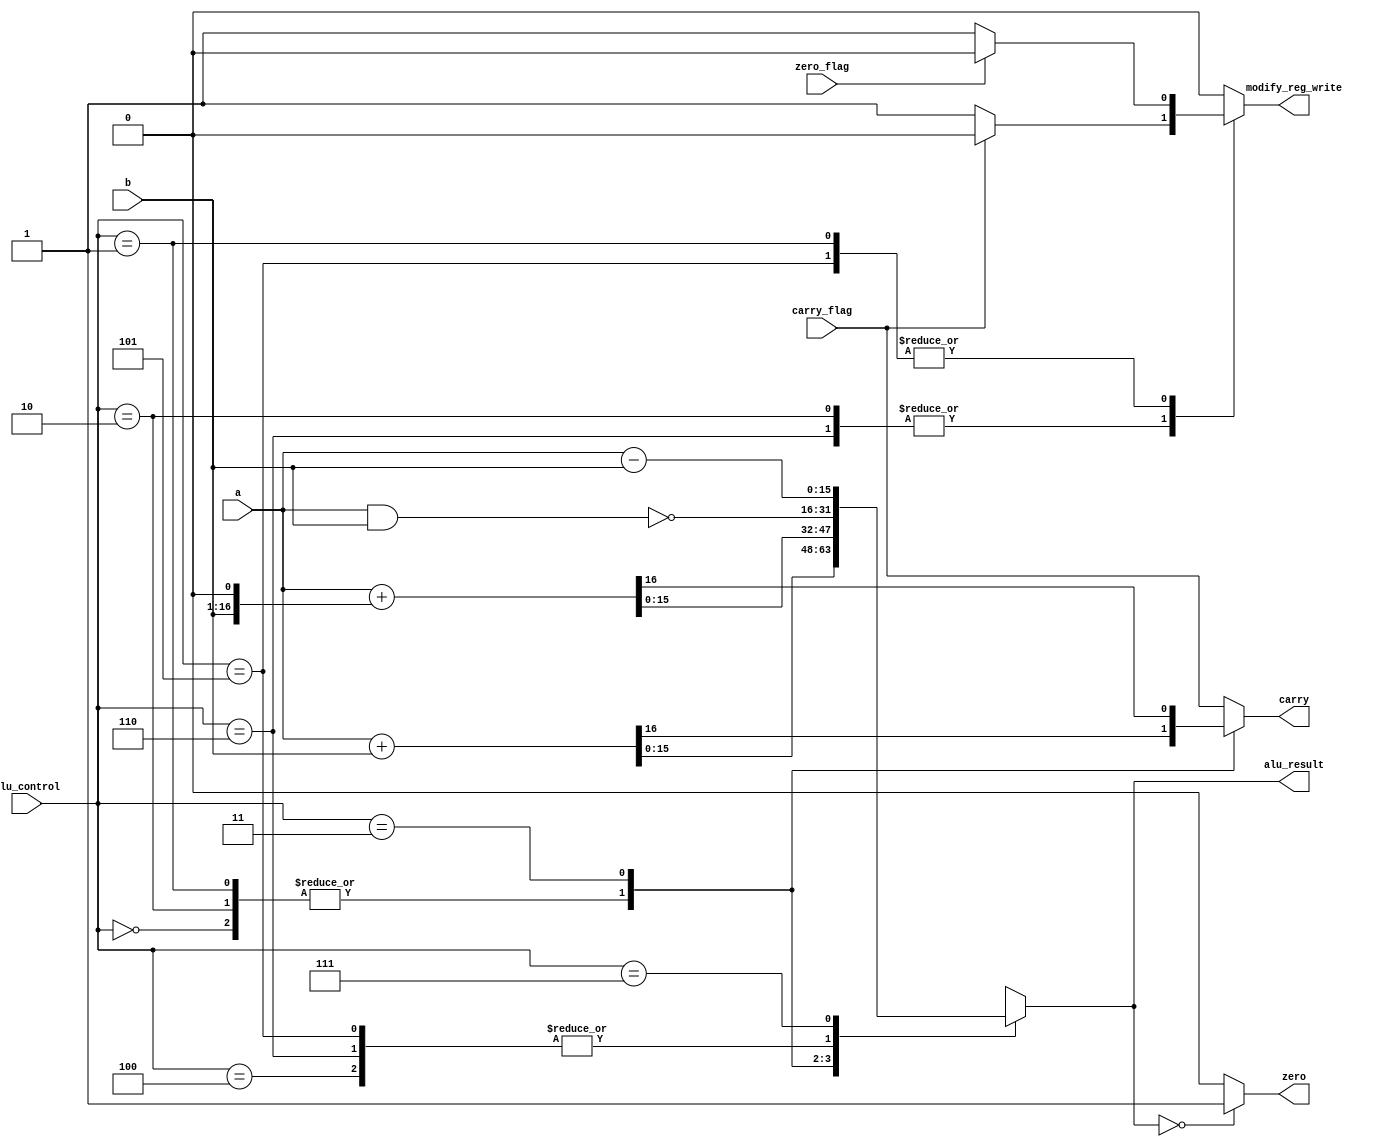
//author Mohd. Faizaan Qureshi

module alu1 (

	input [15:0] a,b,
	input carry_flag, zero_flag,
	input [2:0] alu_control,
	output [15:0] alu_result,
	output reg zero, carry, modify_reg_write
);

reg [15:0] result;

//always @(*)
//begin
//	carry <= carry_flag;
//	modify_reg_write <= 1'b0;
//	case(alu_control)
//		3'b000: {carry,result} <= $signed(a)+$signed(b);	//ADD
//		3'b010:
//			begin
//				{carry,result} <= $signed(a)+$signed(b);	//ADC
//				if(carry_flag)
//					modify_reg_write <= 1'b0;
//					//new_reg_write_sig <= 1'b0;	//not needed, direct apply 0 to mux
//				else
//					modify_reg_write <= 1'b1;	//means , make reg_write to 0, we are not writing into reg, since condition fails
//					//new_reg_write_sig <= 1'b0;
//			end
//		3'b001:
//			begin
//				{carry,result} <= $signed(a)+$signed(b);	//ADZ
//				if(zero_flag)
//					modify_reg_write <= 1'b0;
//					//new_reg_write_sig <= 1'b0;	//not needed, direct apply 0 to mux
//				else
//					modify_reg_write <= 1'b1;
//					//new_reg_write_sig <= 1'b0;
//			end
//		3'b011: {carry, result} <= $signed(a)+$signed(b << 1);	//ADL
//		3'b100: result <= ~(a & b);	//NDU
//		3'b110:
//			begin
//				result <= ~(a & b);	//NDC
//				if(carry_flag)
//					modify_reg_write <= 1'b0;
//				else
//					modify_reg_write <= 1'b1;
//			end
//		3'b101:
//			begin
//				result <= ~(a & b);	//NDZ
//				if(zero_flag)
//					modify_reg_write <= 1'b0;
//				else
//					modify_reg_write <= 1'b1;
//			end
//		3'b111: result <= $signed(a)-$signed(b);	//sub
//		
//		default: result <= $signed(a)+$signed(b);
//	endcase
//end

always @(*)
begin
	carry <= carry_flag;
	modify_reg_write <= 1'b0;
	case(alu_control)
		3'b000: {carry,result} <= a + b;	//ADD
		3'b010:
			begin
				{carry,result} <= a + b;	//ADC
				if(carry_flag)
					modify_reg_write <= 1'b0;
					//new_reg_write_sig <= 1'b0;	//not needed, direct apply 0 to mux
				else
					modify_reg_write <= 1'b1;	//means , make reg_write to 0, we are not writing into reg, since condition fails
					//new_reg_write_sig <= 1'b0;
			end
		3'b001:
			begin
				{carry,result} <= a + b;	//ADZ
				if(zero_flag)
					modify_reg_write <= 1'b0;
					//new_reg_write_sig <= 1'b0;	//not needed, direct apply 0 to mux
				else
					modify_reg_write <= 1'b1;
					//new_reg_write_sig <= 1'b0;
			end
		3'b011: {carry, result} <= a + (b << 1);	//ADL
		3'b100: result <= ~(a & b);	//NDU
		3'b110:
			begin
				result <= ~(a & b);	//NDC
				if(carry_flag)
					modify_reg_write <= 1'b0;
				else
					modify_reg_write <= 1'b1;
			end
		3'b101:
			begin
				result <= ~(a & b);	//NDZ
				if(zero_flag)
					modify_reg_write <= 1'b0;
				else
					modify_reg_write <= 1'b1;
			end
		3'b111: result <= a - b;	//sub
		
		default: result <= a + b;
	endcase
end


//assign zero = (result==0) ? 1'b1 : 1'b0;
//always @(*)
//	if (~(& alu_control))
//		if(result==0)
//			zero <= 1'b1;
//		else
//			zero <= 1'b0;
//	else
//		zero <= zero_flag;
always @(*)
	if(result==0)
		zero <= 1'b1;
	else
		zero <= 1'b0;

assign alu_result = result;

endmodule